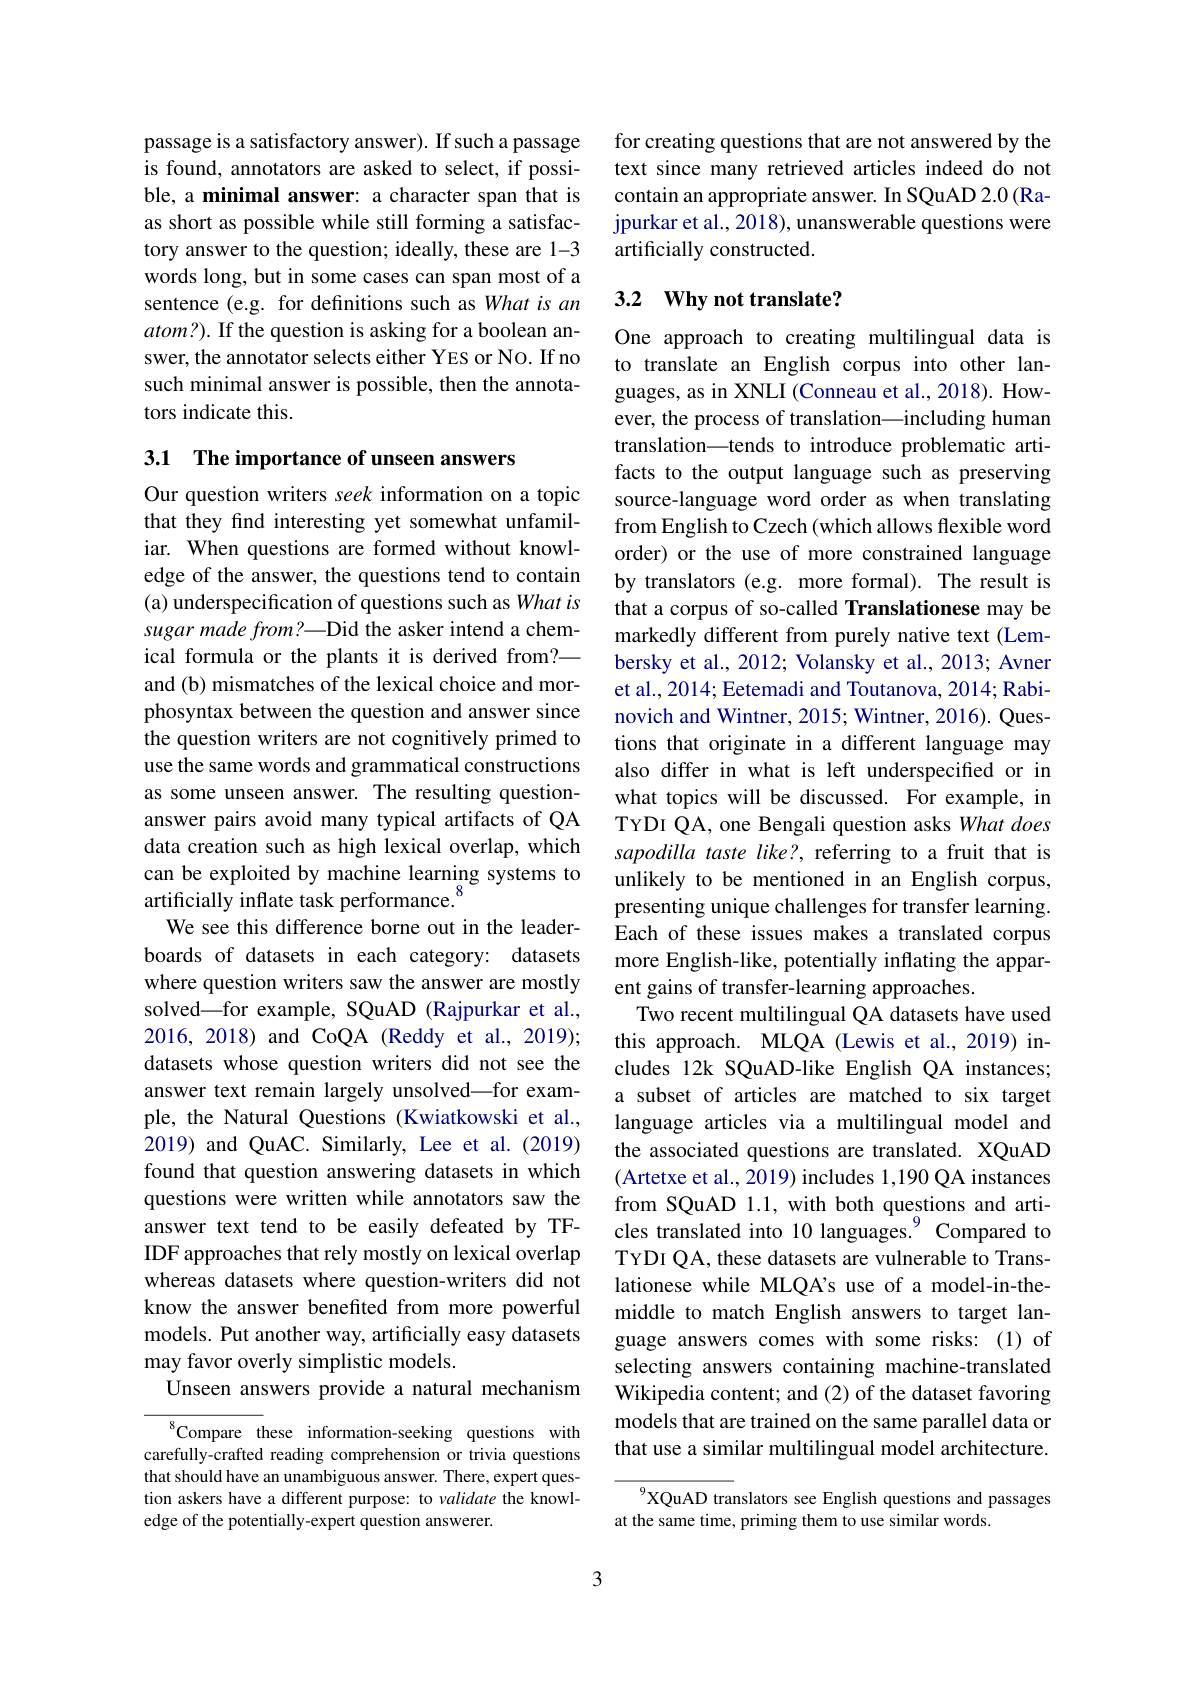
passage is a satisfactory answer). If such a passage is found, annotators are asked to select, if possible, a minimal answer: a character span that is as short as possible while still forming a satisfactory answer to the question; ideally, these are 1-3 words long, but in some cases can span most of a sentence (e.g. for definitions such as What is an $atom?).$ If the question is asking for a boolean answer, the annotator selects either YES or No. If no such minimal answer is possible, then the annotators indicate this.

3.1 The importance of unseen answers

Our question writers seek information on a topic that they find interesting yet somewhat unfamiliar. When questions are formed without knowledge of the answer, the questions tend to contain (a) underspecification of questions such as What is sugar made from?—Did the asker intend a chemical formula or the plants it is derived from?— and (b) mismatches of the lexical choice and morphosyntax between the question and answer since the question writers are not cognitively primed to use the same words and grammatical constructions as some unseen answer. The resulting questionanswer pairs avoid many typical artifacts of QA data creation such as high lexical overlap, which can be exploited by machine learning systems to artificially inflate task performance.$^{8}$
We see this difference borne out in the leaderboards of datasets in each category: datasets where question writers saw the answer are mostly solved\_for example, SQuAD (Rajpurkar et al., 2016, 2018) and CoQA (Reddy et al., 2019); datasets whose question writers did not see the answer text remain largely unsolved—for example, the Natural Questions (Kwiatkowski et al., 2019) and QuAC. Similarly, Lee et al.(2019) found that question answering datasets in which questions were written while annotators saw the answer text tend to be easily defeated by TFIDF approaches that rely mostly on lexical overlap whereas datasets where question-writers did not know the answer benefited from more powerful models. Put another way, artificially easy datasets may favor overly simplistic models.
Unseen answers provide a natural mechanism ${}^{8}$Compare these information-seeking questions with

carefully-crafted reading comprehension or trivia questions that should have an unambiguous answer. There, expert question askers have a different purpose: to validate the knowledge of the potentially-expert question answerer.

for creating questions that are not answered by the text since many retrieved articles indeed do not contain an appropriate answer. In SQuAD 2.0 (Rajpurkar et al., 2018), unanswerable questions were artificially constructed.

## 3.2 $\mathbf{Why~not~translate? }$

One approach to creating multilingual data is to translate an English corpus into other languages, as in XNLI (Conneau et al., 2018). However, the process of translation\_including human translation\_tends to introduce problematic artifacts to the output language such as preserving source-language word order as when translating from English to Czech (which allows flexible word order) or the use of more constrained language by translators (e.g. more formal). The result is that a corpus of so-called Translationese may be markedly different from purely native text (Lembersky et al., 2012; Volansky et al., 2013; Avner et al., 2014; Eetemadi and Toutanova, 2014; Rabinovich and Wintner, 2015; Wintner, 2016). Questions that originate in a different language may also differ in what is left underspecified or in what topics will be discussed. For example, in TYDI QA, one Bengali question asks What does sapodilla taste like?, referring to a fruit that is unlikely to be mentioned in an English corpus, presenting unique challenges for transfer learning. Each of these issues makes a translated corpus more English-like, potentially inflating the apparent gains of transfer-learning approaches.
Two recent multilingual QA datasets have used this approach. MLQA (Lewis et al., 2019) includes 12k SQuAD-like English QA instances; a subset of articles are matched to six target language articles via a multilingual model and the associated questions are translated. XQuAD (Artetxe et al., 2019) includes 1,190 QA instances from SQuAD 1.1, with both questions and articles translated into 10 languages.$^{9}$ Compared to TYDI QA, these datasets are vulnerable to Translationese while MLQA's use of a model-in-themiddle to match English answers to target language answers comes with some risks: (1) of selecting answers containing machine-translated Wikipedia content; and (2) of the dataset favoring models that are trained on the same parallel data or that use a similar multilingual model architecture.

$^{9}$XQuAD translators see English questions and passages
at the same time, priming them to use similar words.

3